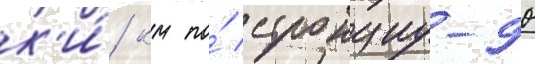
к'и́/ км по́ стронциу-90